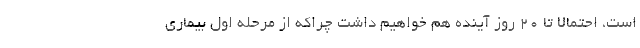
است، احتمالا تا ۲۰ روز آینده هم خواهیم داشت چراکه از مرحله اول بیماری